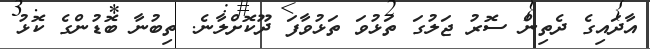
އާދައިގެ ދެތިން ސޮރު ޖަލުގަ ތަޅުވަ ތަޅުވާފަ ދޫކޮށްލާނެ. ތިބުނާ ބޮޑުންގެ ކޮޅު